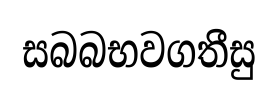
සබබභවගතීසු